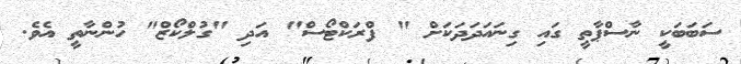
ސަބަބަކީ ނާސްޕާތީ ގައި ގިނައަދަދަކަށް " ފްރަކްޓޯސް" އަދި "ގުލްކޯޒް" ހުންނާތީ އެވެ.